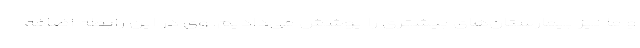
و ما نیز بیمارستان‌های بیشتری را پوشش می‌دادیم. وی در این رابطه اضافه